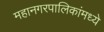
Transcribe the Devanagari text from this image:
महानगरपालिकांमध्ये